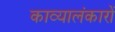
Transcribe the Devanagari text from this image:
काव्यालंकारों